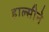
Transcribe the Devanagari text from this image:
हाल्सीने